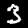
Digit: 3